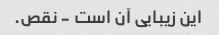
این زیبایی آن است - نقص.